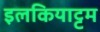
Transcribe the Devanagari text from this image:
इलकियाट्टम